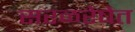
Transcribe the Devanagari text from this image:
सरळरेषेत